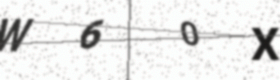
Text: W60X